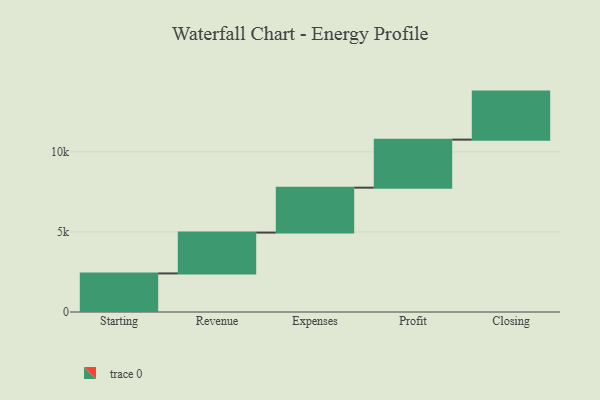
{"axis": {"x": "Step", "y": "Value"}, "legend": [""], "data": [{"x": "Starting", "y": 2409.0, "type": ""}, {"x": "Revenue", "y": 2551.0, "type": ""}, {"x": "Expenses", "y": 2807.0, "type": ""}, {"x": "Profit", "y": 3000, "type": ""}, {"x": "Closing", "y": 3000, "type": ""}]}